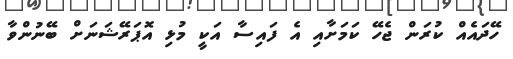
ހޭދައެއް ކުރަން ޖެހޭ ކަމަށާއި އެ ފައިސާ އަކީ މުޅި އޮޕަރޭޝަނަށް ބޭނުންވާ